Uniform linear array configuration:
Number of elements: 64
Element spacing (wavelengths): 0.75
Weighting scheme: blackman
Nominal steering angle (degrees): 30
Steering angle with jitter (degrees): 28.106
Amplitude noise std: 0.05
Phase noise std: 0.05

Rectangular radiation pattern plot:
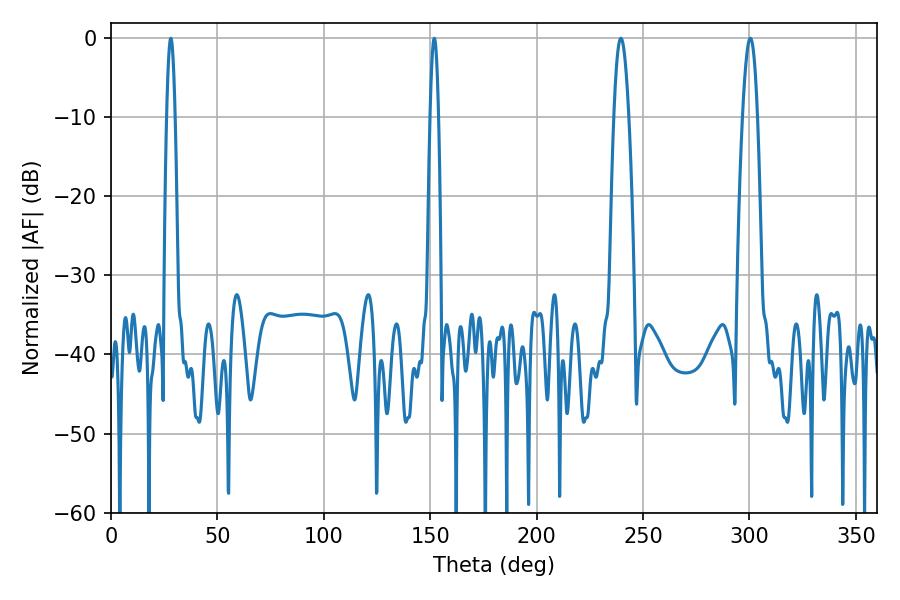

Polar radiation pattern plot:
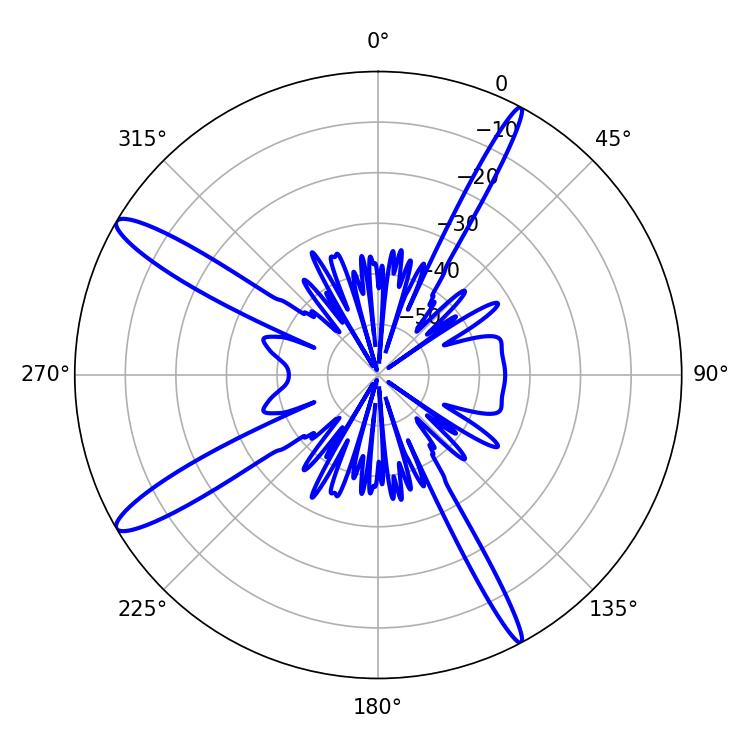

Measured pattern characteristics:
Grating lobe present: TRUE
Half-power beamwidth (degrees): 3.78
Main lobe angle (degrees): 239.58